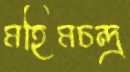
মহিমচন্দ্র